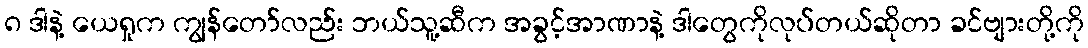
၈ ဒါနဲ့ ယေရှုက ကျွန်တော်လည်း ဘယ်သူ့ဆီက အခွင့်အာဏာနဲ့ ဒါတွေကိုလုပ်တယ်ဆိုတာ ခင်ဗျားတို့ကို